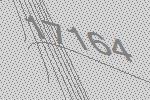
17164